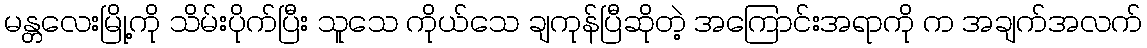
မန္တလေးမြို့ကို သိမ်းပိုက်ပြီး သူသေ ကိုယ်သေ ချကုန်ပြီဆိုတဲ့ အကြောင်းအရာကို က အချက်အလက်